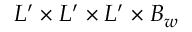
L ^ { \prime } \times L ^ { \prime } \times L ^ { \prime } \times B _ { w }